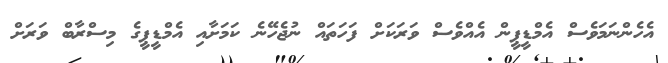
އެހެންނަމަވެސް އެމްޑީޕީން އެއްވެސް ވަރަކަށް ފަހަތައް ނުޖެހޭނެ ކަމަށާއި އެމްޑީޕީގެ މިސްރާބް ވަރަށް